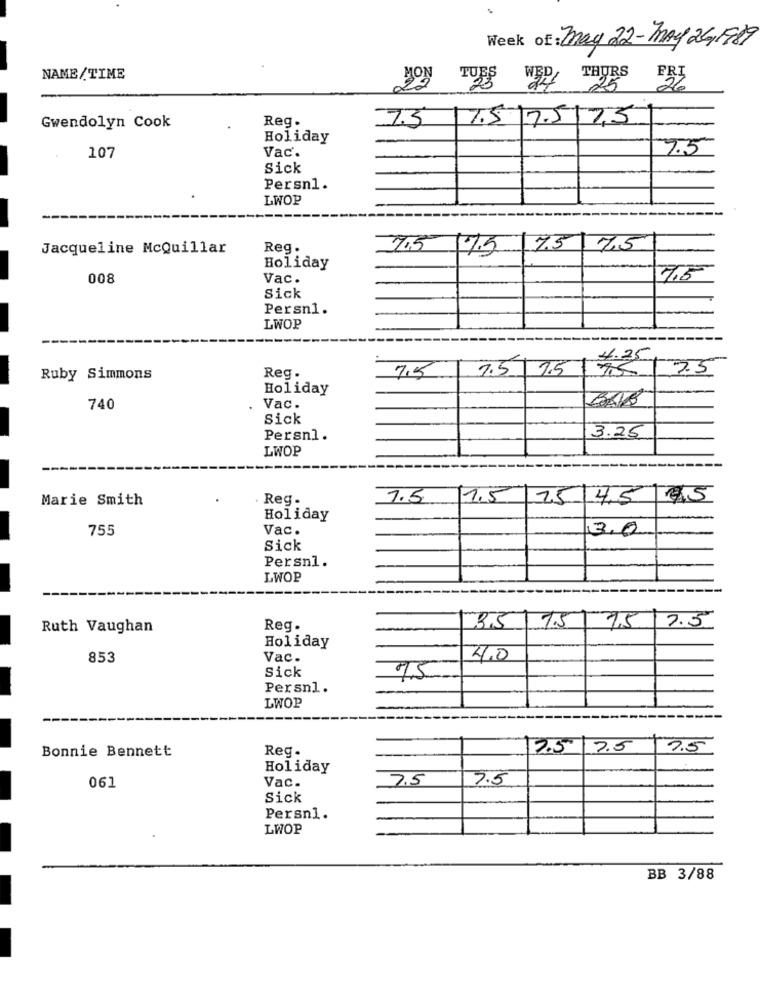
Week of: may 22-May 24/1989
NAME/TIME
TUES WER THERS
FRI
7.5\7.5 17.5 7,5
Gwendolyn Cook
Reg.
Holiday
Vac.
7.5
107
Sick
Persn1.
LWOP
Jacqueline McQuillar
Reg.
7.5 7.5
7.5
7,5
Holiday
008
Vac.
7.5
Sick
Persn1.
LWOP
Reg.
7.5
7.5
M
Ruby Simmons
75 935
Holiday
BAB
740
Vac.
Sick
Persnl.
3.25
LWOP
Marie Smith
. Reg.
1.5
1.5 15 4.5 45
Holiday
755
Vac.
3.0
Sick
Persnl.
LWOP
Ruth Vaughan
Reg.
35 7.5
7.5 7.5
Holiday
853
Vac.
4,0
Sick
7,5
Persnl.
LWOP
Bonnie Bennett
Reg.
7.5 7.5
7.5
Holiday
7.5
7.5
061
Vac.
Sick
Persn1.
LWOP
BB 3/88